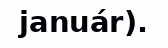
január).